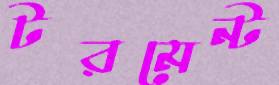
টরমেন্ট